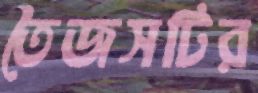
তৈজসটির